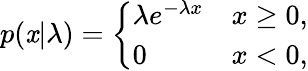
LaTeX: p(\mathit{x}|\lambda)={\left\{ \begin{array}{ll}{\lambda e^{-\lambda x}}&{x\geq 0,}\\ {0}&{x<0,}\end{array}\right.}